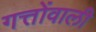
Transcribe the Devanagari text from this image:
गत्तोंवाली